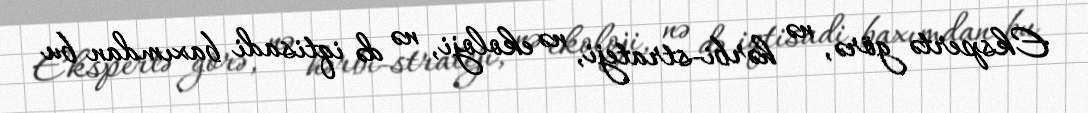
Ekspertə görə, nə hərbi-strateji, nə ekoloji, nə də iqtisadi baxımdan bu